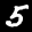
Label: 5